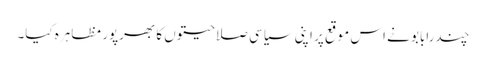
چندرابابو نے اس موقع پر اپنی سیاسی صلاحیتوں کا بھرپور مظاہرہ کیا۔